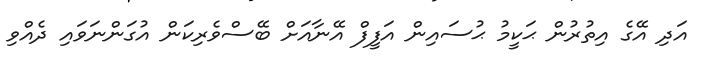
އަދި އޭގެ އިތުރުން ޙަކީމު ޙުސައިން އަފީފް އޭނާއަށް ބޭސްވެރިކަން އުގަންނަވައި ދެއްވި